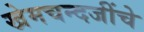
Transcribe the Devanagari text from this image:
खेमचन्दजींचे